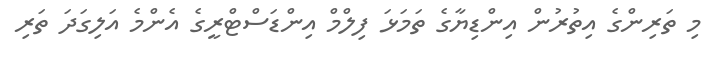
މި ތަރިންގެ އިތުރުން އިންޑިޔާގެ ތަމަޅަ ފިލްމް އިންޑަސްޓްރީގެ އެންމެ އަލިގަދަ ތަރި